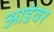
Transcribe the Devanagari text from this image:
आडंवर